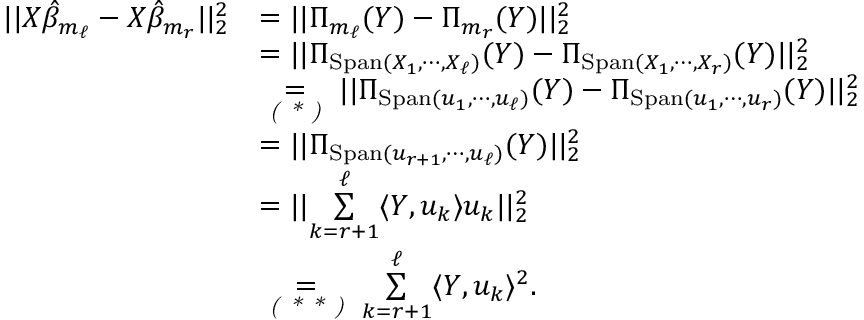
\begin{array} { r l } { | | X \Hat { \beta } _ { m _ { \ell } } - X \Hat { \beta } _ { m _ { r } } | | _ { 2 } ^ { 2 } } & { = | | \Pi _ { m _ { \ell } } ( Y ) - \Pi _ { m _ { r } } ( Y ) | | _ { 2 } ^ { 2 } } \\ & { = | | \Pi _ { \mathrm { S p a n } ( X _ { 1 } , \cdots , X _ { \ell } ) } ( Y ) - \Pi _ { \mathrm { S p a n } ( X _ { 1 } , \cdots , X _ { r } ) } ( Y ) | | _ { 2 } ^ { 2 } } \\ & { \underset { \textit { ( * ) } } { = } | | \Pi _ { \mathrm { S p a n } ( u _ { 1 } , \cdots , u _ { \ell } ) } ( Y ) - \Pi _ { \mathrm { S p a n } ( u _ { 1 } , \cdots , u _ { r } ) } ( Y ) | | _ { 2 } ^ { 2 } } \\ & { = | | \Pi _ { \mathrm { S p a n } ( u _ { r + 1 } , \cdots , u _ { \ell } ) } ( Y ) | | _ { 2 } ^ { 2 } } \\ & { = | | \underset { k = r + 1 } { \overset { \ell } { \sum } } \langle Y , u _ { k } \rangle u _ { k } | | _ { 2 } ^ { 2 } } \\ & { \underset { \textit { ( * * ) } } { = } \underset { k = r + 1 } { \overset { \ell } { \sum } } \langle Y , u _ { k } \rangle ^ { 2 } . } \end{array}